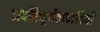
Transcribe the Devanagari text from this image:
अपरिपूर्णतावादियों